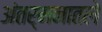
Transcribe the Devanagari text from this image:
अंतर्मनातले